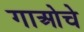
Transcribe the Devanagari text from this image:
गाओचे